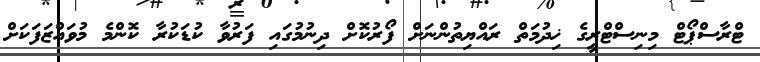
ޓްރާސްޕޯޓް މިނިސްޓްރީގެ ޚިދުމަތް ރައްޔިތުންނަށް ފޯރުކޮށް ދިނުމުގައި ފަރުވާ ކުޑަކުރާ ކޮންމެ މުވައްޒަފަކަށް